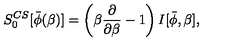
S _ { 0 } ^ { C S } [ \bar { \phi } ( \beta ) ] = \left( \beta { \frac { \partial } { \partial \beta } } - 1 \right) I [ \bar { \phi } , \beta ] ,